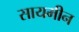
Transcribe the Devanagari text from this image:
सायमीन